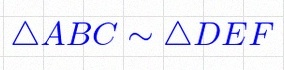
\triangle ABC\sim\triangle DEF